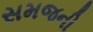
સમજની